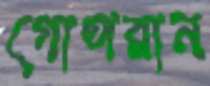
গোপরান